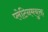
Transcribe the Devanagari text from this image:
प्लेटिनमयुक्त